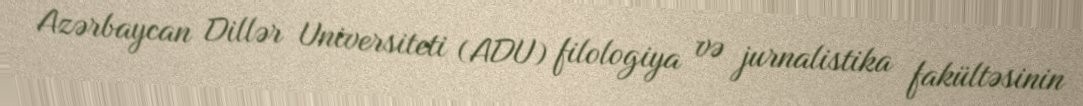
Azərbaycan Dillər Universiteti (ADU) filologiya və jurnalistika fakültəsinin